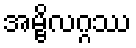
အမ္ဗိလဂ္ဂဿ